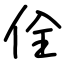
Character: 佺